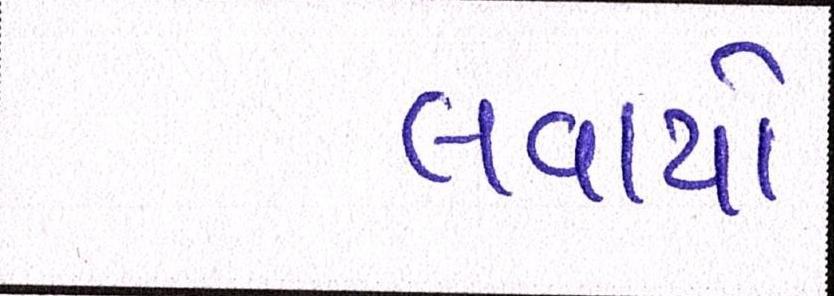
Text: લવાયો